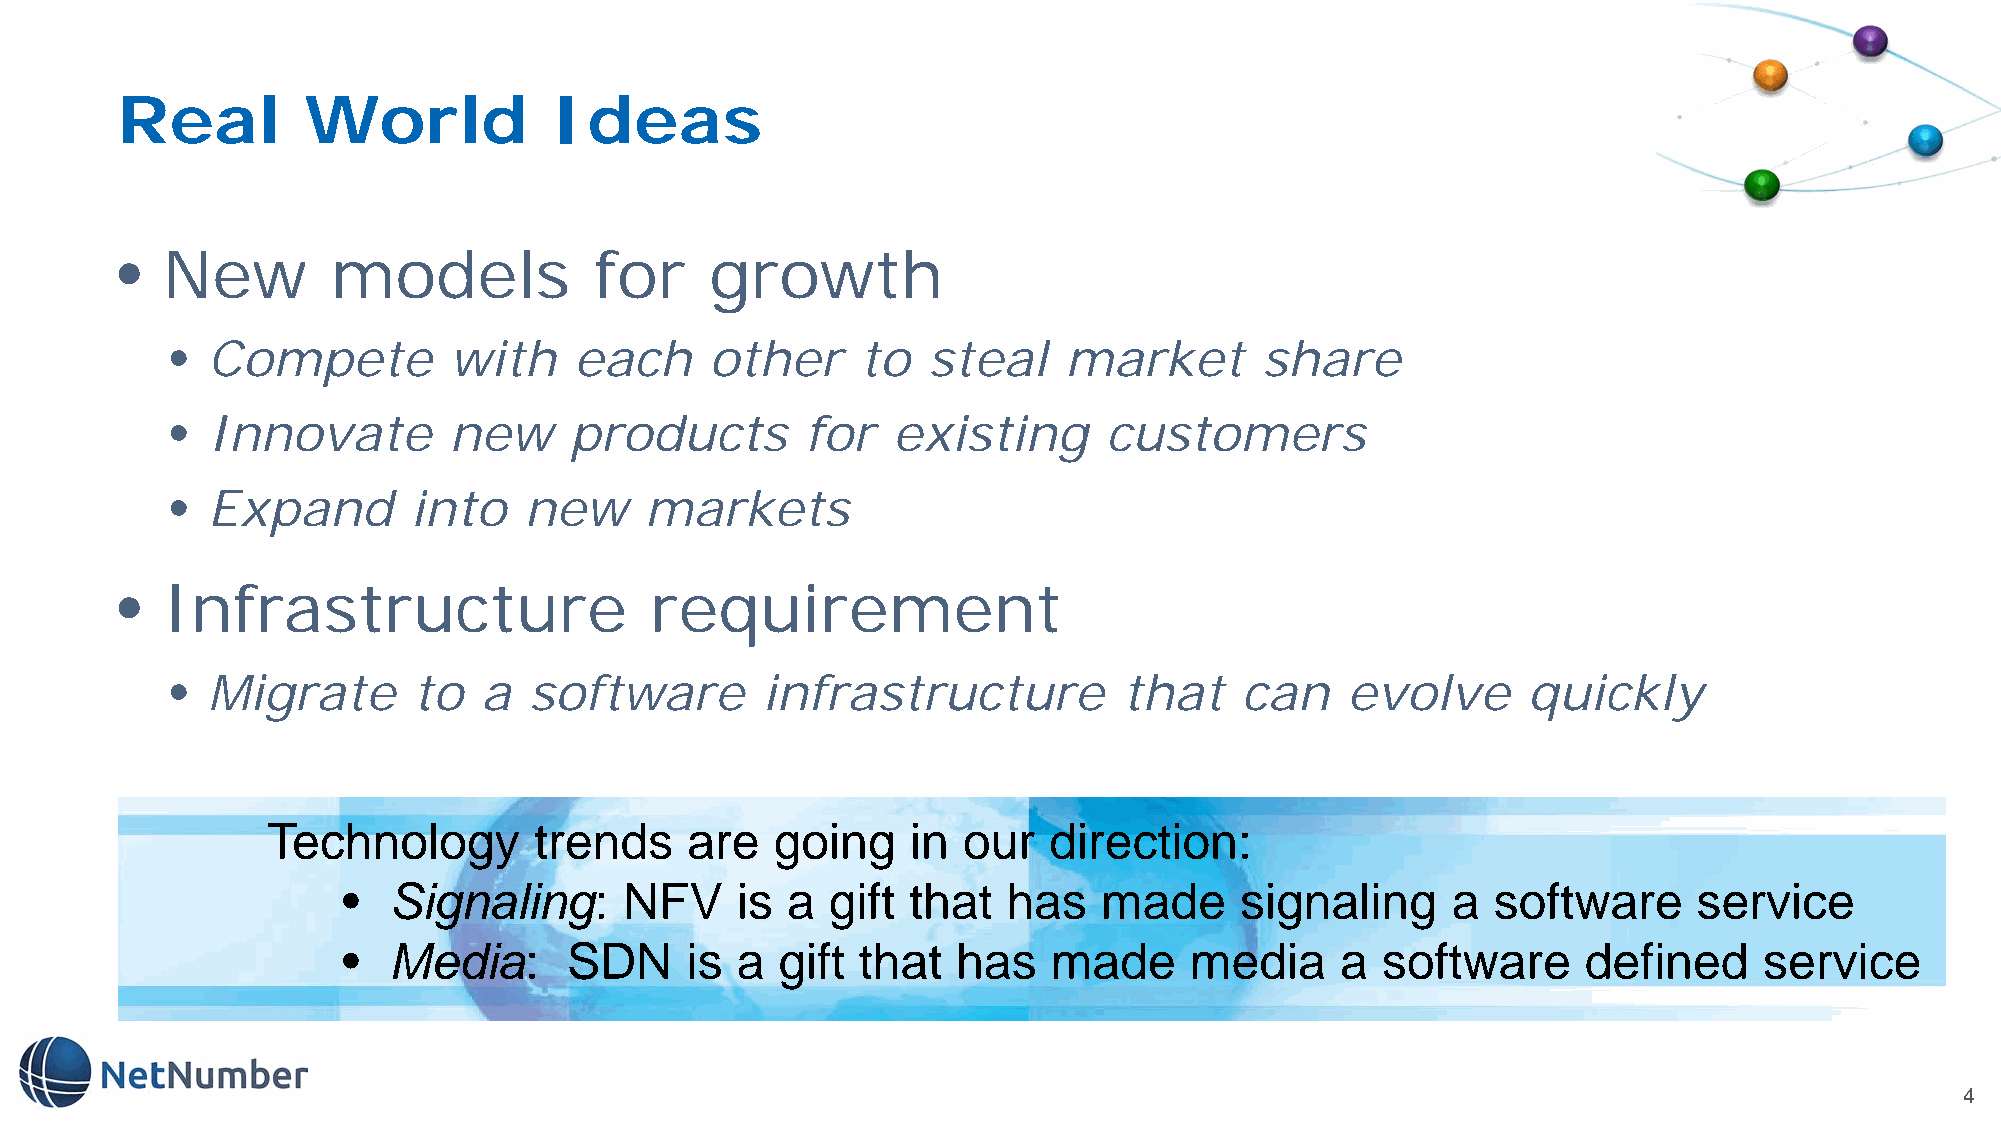
Real        World           Ideas
 •  New        models           for     growth
 •  Compete         with    each     other     to  steal    market       share
 •  Innovate        new     products       for   existing      customers
 •  Expand       into    new     markets
 •  Infrastructure                  requirement
 •  Migrate      to   a  software       infrastructure          that    can    evolve      quickly
 Technology       trends    are   going    in  our  direction:
 •  Signaling:     NFV     is a  gift that   has   made     signaling     a  software     service
 •  Media:      SDN    is  a  gift that  has    made     media     a software      defined     service
 4